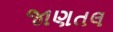
જાણતલ